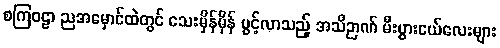
စကြဝဠာ ညအမှောင်ထဲတွင် သေးမှိန်မှိန် ပွင့်လာသည့် အသိဉာဏ် မီးပွားငယ်လေးများ